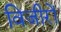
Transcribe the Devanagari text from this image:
विजीरों